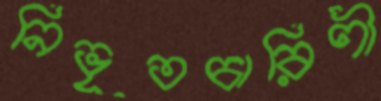
নিভৃতচারিণী